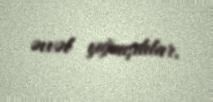
əvvəl yığmışdılar.